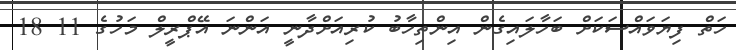
ހަތް ފިޔަވައްސަކަށް ބަހާލައިގެން އިންތިހާބު ކުރިއަށްދާނީ އަންނަ އޭޕްރީލް މަހުގެ 11 18